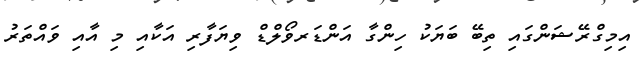
އިމިގްރޭޝަންގައި ތިބޭ ބަޔަކު ހިންގާ އަންޑަރވޯލްޑް ވިޔަފާރި އަކާއި މި އާއި ވައްތަރު